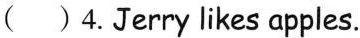
( )4.Jerry likes apples.